Indian journal of veterinary science and animal husbandry - Volume 9,
Year: 1939
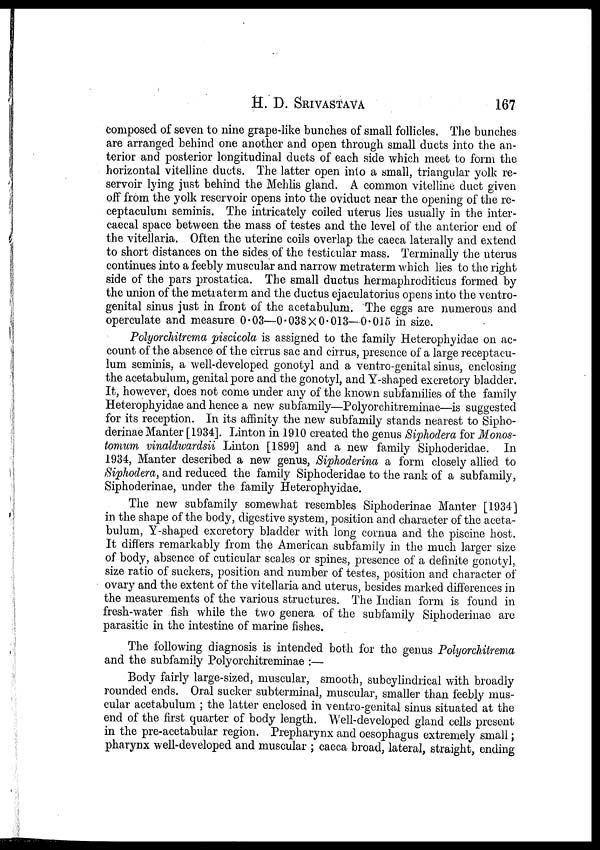
H. D. SRIVASTAVA 167
composed of seven to nine grape-like bunches of small follicles. The bunches
are arranged behind one another and open through small ducts into the an-
terior and posterior longitudinal ducts of each side which meet to form the
horizontal vitelline ducts. The latter open into a small, triangular yolk re-
servoir lying just behind the Mehlis gland. A common vitelline duct given
off from the yolk reservoir opens into the oviduct near the opening of the re-
ceptaculum seminis. The intricately coiled uterus lies usually in the inter-
caecal space between the mass of testes and the level of the anterior end of
the vitellaria. Often the uterine coils overlap the caeca laterally and extend
to short distances on the sides of the testicular mass. Terminally the uterus
continues into a feebly muscular and narrow metraterm which lies to the right
side of the pars prostatica. The small ductus hermaphroditicus formed by
the union of the metraterm and the ductus ejaculatorius opens into the ventro-
genital sinus just in front of the acetabulum. The eggs are numerous and
operculate and measure 0.03—0.038 × 0.013—0.015 in size.
Polyorchitrema piscicola is assigned to the family Heterophyidae on ac-
count of the absence of the cirrus sac and cirrus, presence of a large receptacu-
lum seminis, a well-developed gonotyl and a ventro-genital sinus, enclosing
the acetabulum, genital pore and the gonotyl, and Y-shaped excretory bladder.
It, however, does not come under any of the known subfamilies of the family
Heterophyidae and hence a new subfamily—Polyorchitreminae—is suggested
for its reception. In its affinity the new subfamily stands nearest to Sipho-
derinae Manter [1934]. Linton in 1910 created the genus Siphodera for Monos-
tomum vinaldwardsii Linton [1899] and a new family Siphoderidae. In
1934, Manter described a new genus, Siphoderina a form closely allied to
Siphodera, and reduced the family Siphoderidae to the rank of a subfamily,
Siphoderinae, under the family Heterophyidae.
The new subfamily somewhat resembles Siphoderinae Manter [1934]
in the shape of the body, digestive system, position and character of the aceta-
bulum, Y-shaped excretory bladder with long cornua and the piscine host.
It differs remarkably from the American subfamily in the much larger size
of body, absence of cuticular scales or spines, presence of a definite gonotyl,
size ratio of suckers, position and number of testes, position and character of
ovary and the extent of the vitellaria and uterus, besides marked differences in
the measurements of the various structures. The Indian form is found in
fresh-water fish while the two genera of the subfamily Siphoderinae are
parasitic in the intestine of marine fishes.
The following diagnosis is intended both for the genus Polyorchitrema
and the subfamily Polyorchitreminae :—
Body fairly large-sized, muscular, smooth, subcylindrical with broadly
rounded ends. Oral sucker subterminal, muscular, smaller than feebly mus-
cular acetabulum ; the latter enclosed in ventro-genital sinus situated at the
end of the first quarter of body length. Well-developed gland cells present
in the pre-acetabular region. Prepharynx and oesophagus extremely small;
pharynx well-developed and muscular ; caeca broad, lateral, straight, ending